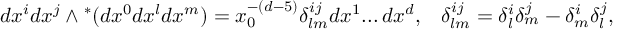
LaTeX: d x ^ { i } d x ^ { j } \wedge { } ^ { * } ( d x ^ { 0 } d x ^ { l } d x ^ { m } ) = x _ { 0 } ^ { - ( d - 5 ) } \delta _ { l m } ^ { i j } d x ^ { 1 } . . . \, d x ^ { d } , \; \; \; \delta _ { l m } ^ { i j } = \delta _ { l } ^ { i } \delta _ { m } ^ { j } - \delta _ { m } ^ { i } \delta _ { l } ^ { j } ,